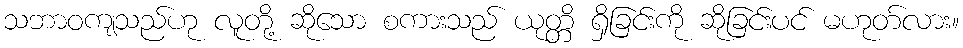
သဘာဝကျသည်ဟု လူတို့ ဆိုသော စကားသည် ယုတ္တိ ရှိခြင်းကို ဆိုခြင်းပင် မဟုတ်လား။